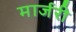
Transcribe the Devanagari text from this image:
मार्जरी